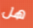
هل